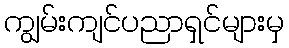
ကျွမ်းကျင်ပညာရှင်များမှ